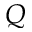
Q